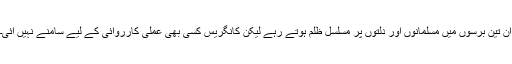
ان تین برسوں میں مسلمانوں اور دلتوں پر مسلسل ظلم ہوتے رہے لیکن کانگریس کسی بھی عملی کارروائی کے لیے سامنے نہیں آئی۔